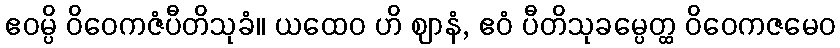
ဧဝမ္ပိ ဝိဝေကဇံပီတိသုခံ။ ယထေဝ ဟိ ဈာနံ, ဧဝံ ပီတိသုခမ္ပေတ္ထ ဝိဝေကဇမေဝ